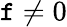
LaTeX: \mathtt{f}\neq0